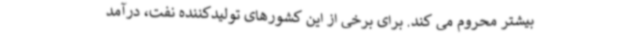
بیشتر محروم می کند. برای برخی از این کشورهای تولیدکننده نفت، درآمد